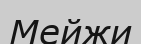
Мейжи